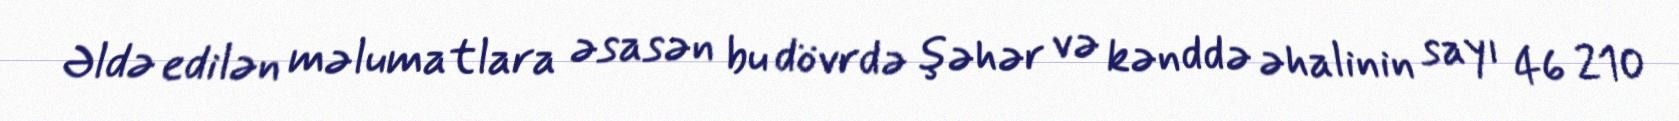
Əldə edilən məlumatlara əsasən bu dövrdə şəhər və kənddə əhalinin sayı 46 210